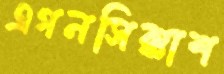
এগনসিক্কাশ